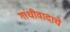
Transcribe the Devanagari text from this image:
गांधीवादाचे